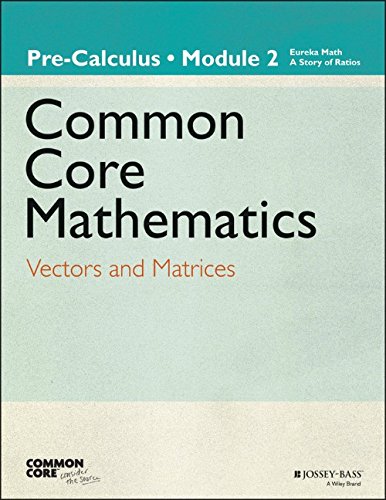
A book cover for Eureka Math, A Story of Functions: Pre-Calculus, Module 2: Vectors and Matrices; Common Core; Science & Math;